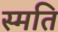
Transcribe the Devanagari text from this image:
स्मति